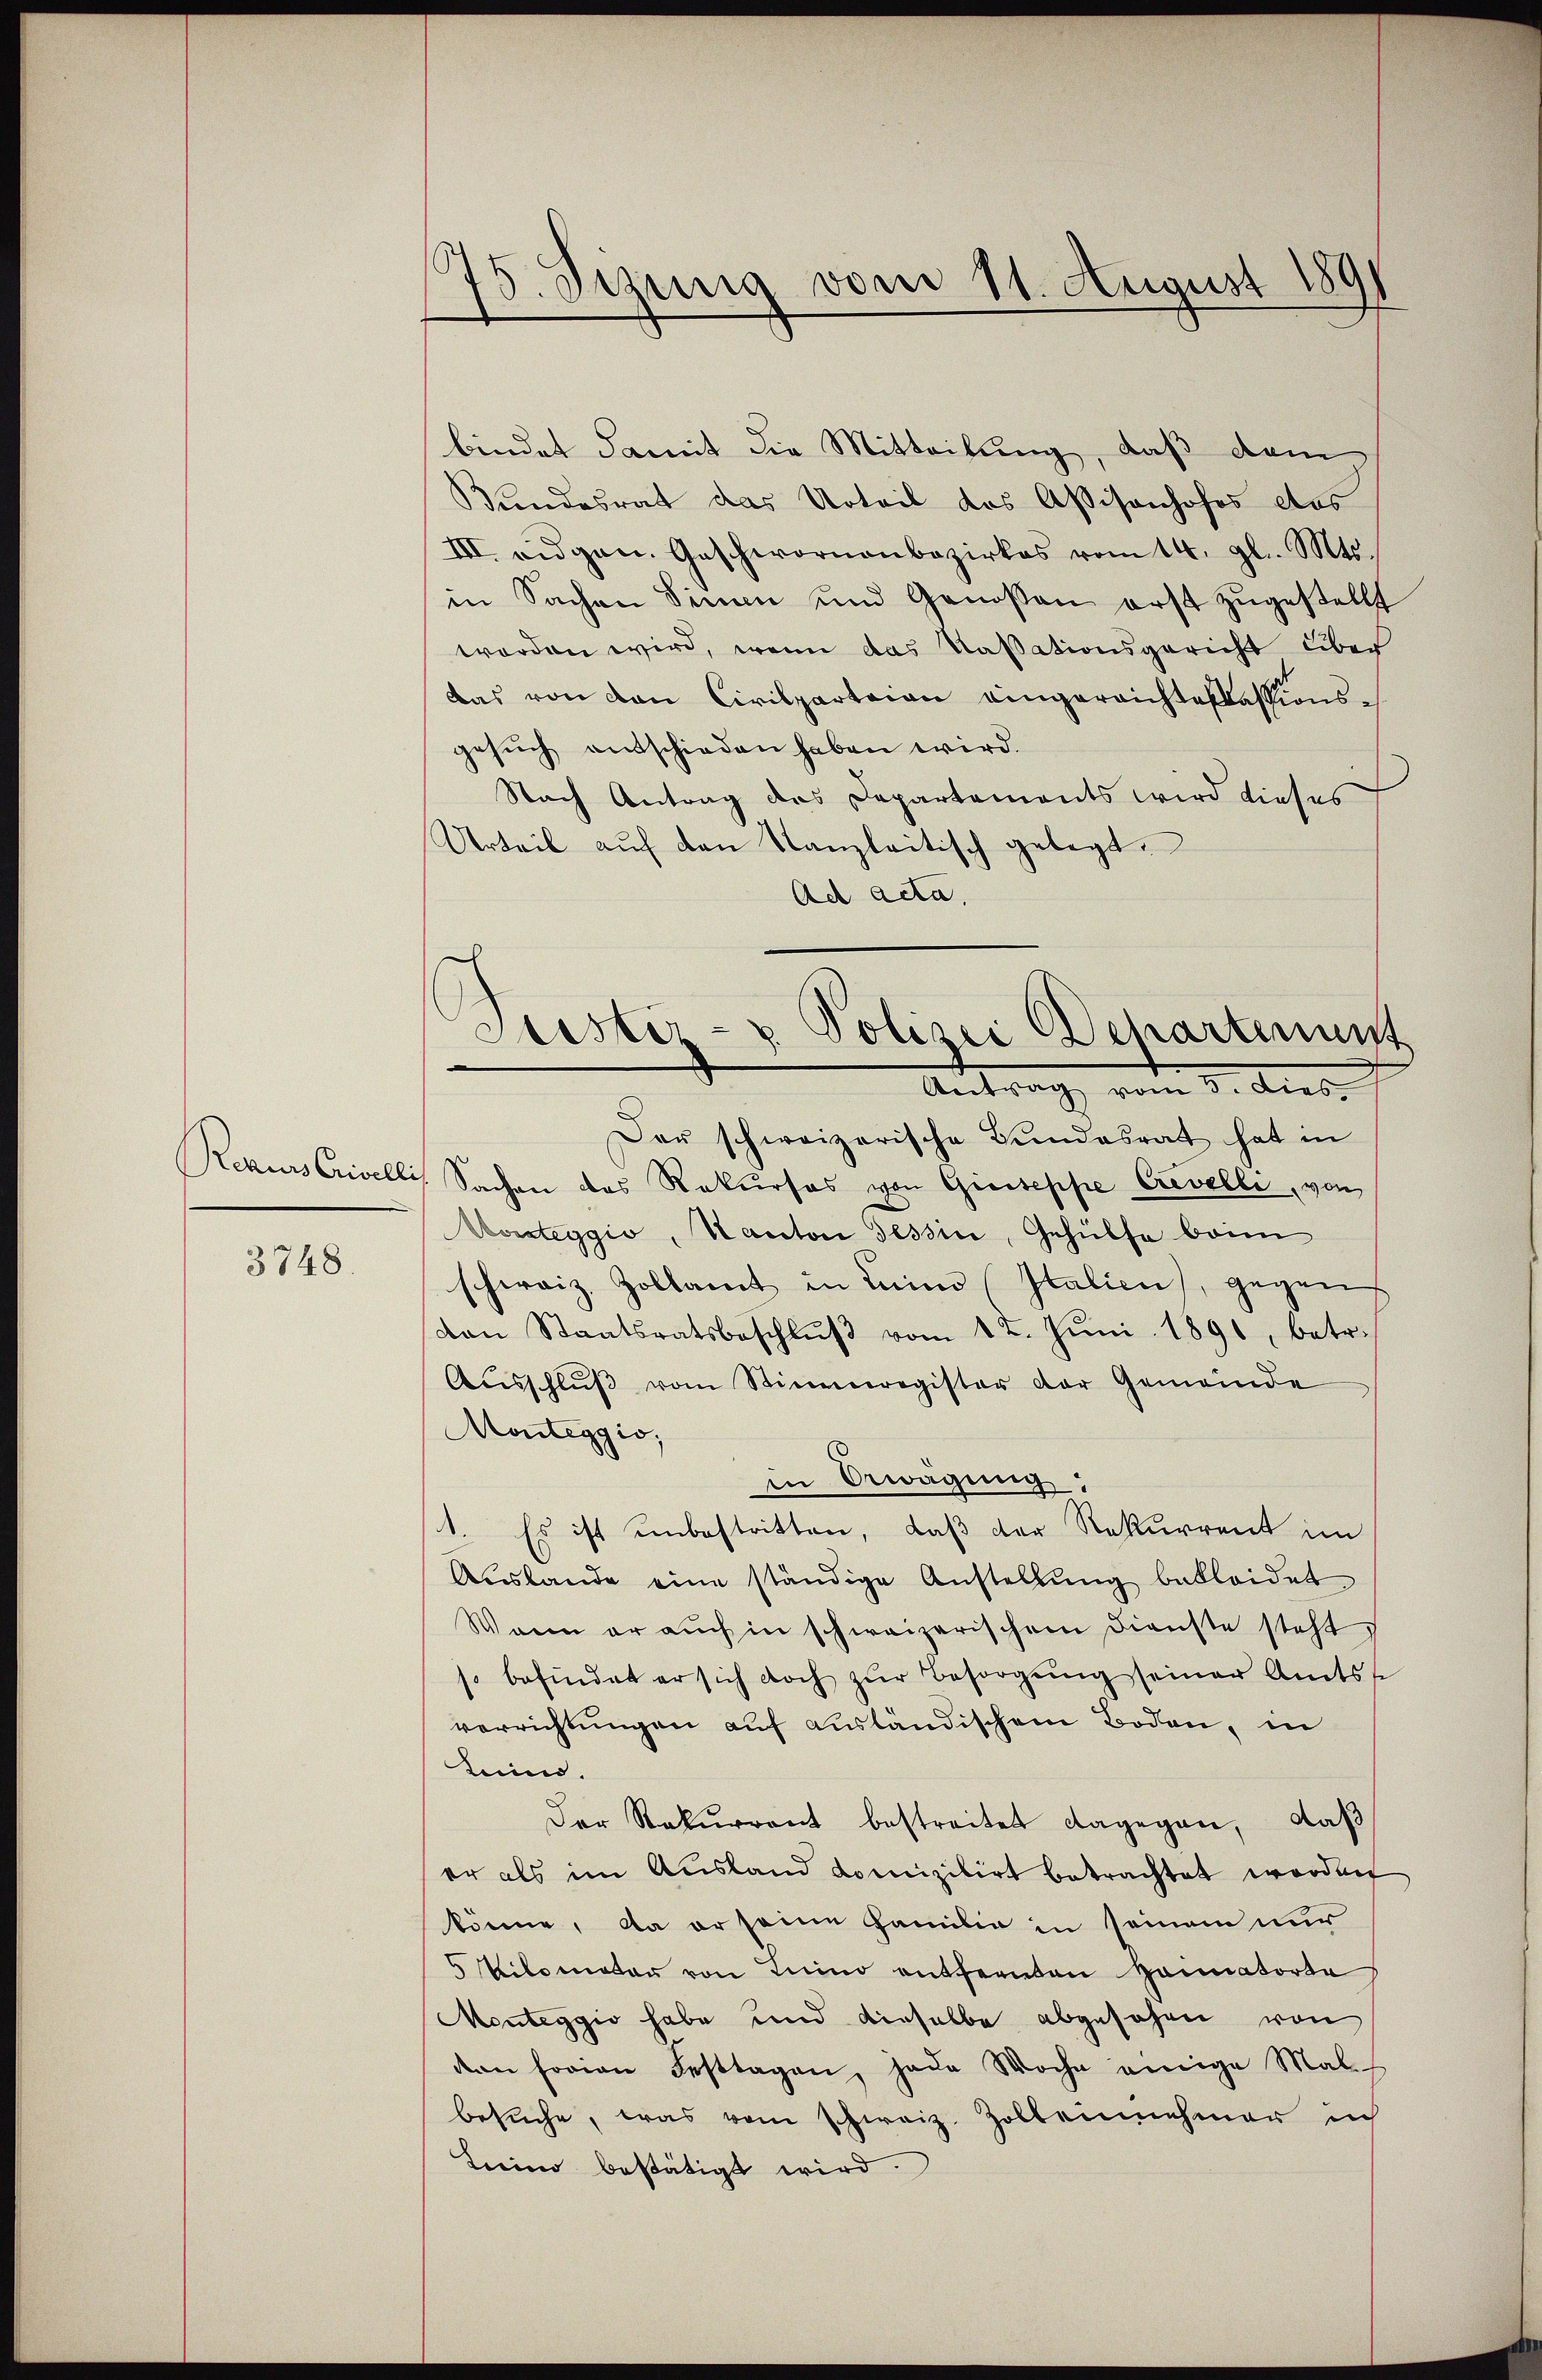
3748.

175. Sizung vom 11. August 1891

bindet damit die Mitteilung, daß dem
Bundesrat das Urteil des Aßisanhofes des
III. angen. Geschwornenbezirkes vom 14. gl. Mts.
in Sachen Sinnen und Genossen erst zugestellt
worden wird, wenn das Kassationsgericht über
das von den Civilparteien eingereichte kassionsgesuch entschieden haben wird.
Nach Antrag des Departements wird dieses
Urteil aŭf den Kanzleitisch gelegt.
Ad acta.
Der schweizerische Bundesrat hat in
Rekurs Crivelli Sachen des Rekurses von Giuseppe Crevelle, von
Morsteggio, Kanton Tessin, Gehülfe beim
schweiz. Zollamt in Luino (Italien), gegen
van Staatsratsbeschlŭβ vom 12. Jŭni 1891, betr.
Aŭsschlŭβ vom Stimmregister der Gemeinde
Monteggio,
in Erwägung:
1. Es ist unbestritten, daß der Rekurrent im
Aŭsbande eine ständige Anstellŭng bekleidet
Wann er auch in schweizerischem Dienste steht
 befindet er sich doch zŭr Besorgŭng seiner Amtss
verrichtŭngen auf ausländischem Boden, in
tein.
Der Rekurrent bestreitet dagegen, daß
er als im Ausland domizilirt betrachtet werden
könne, da er seine Familie in seinem nur
5 Kilometer von Luino entfernten Heimatorte
Monteggio habe und dieselbe abgesehen von
den horien Festtagen, jede Woche einige Mal.
besuche, was vom schweiz. Zolbeinnehmer in
Lerino bestätigt wird.

Justiz- & Polizei Behartenunt
Antrag vom 3. Aug.